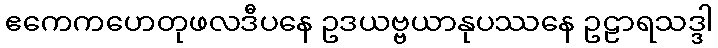
ဧကေကဟေတုဖလဒီပနေ ဥဒယဗ္ဗယာနုပဿနေ ဥဠာရသဒ္ဒါ